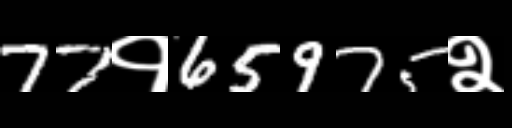
Text: 77१65975२